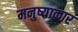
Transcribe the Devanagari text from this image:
मनुष्याकार